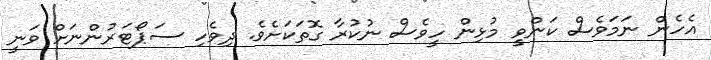
އެހެން ނަމަވެސް ކަންވީ މުޅިން ހީވެސް ނުކުރާ ގޮތަކަށެވެ. ދިވެހި ސަޕޯޓަރުންނަށް ވަނީ